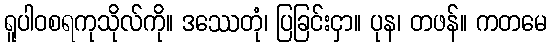
ရူပါဝစရကုသိုလ်ကို။ ဒဿေတုံ၊ ပြခြင်းငှာ။ ပုန၊ တဖန်။ ကတမေ